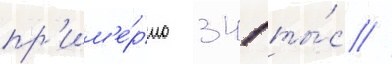
пр'им'е́рно 341 ты́с //